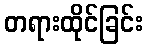
တရားထိုင်ခြင်း